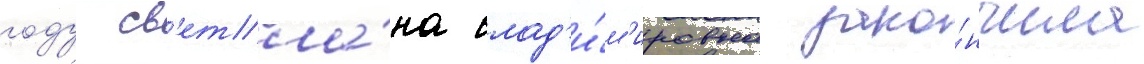
году св'етла́на влад'и́м'ировна зако́нчила